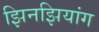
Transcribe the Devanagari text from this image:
झिनझियांग